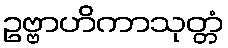
ဥဗ္ဗာဟိကာသုတ္တံ